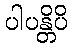
ပါပန္တိပိ